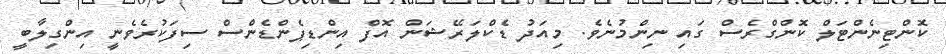
ކޮންޓިނެންޓަލް ކޮންގްރެސް ގައި ނިންމުނެވެ. މިއަދު ޑެކްލަރޭޝަން އޮފް އިންޑިޕެންޑެންސް ސިފަކުރެވެނީ އިންގިލާބީ